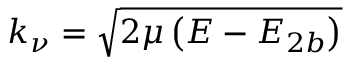
k _ { \nu } = \sqrt { 2 \mu \left( E - E _ { 2 b } \right) }